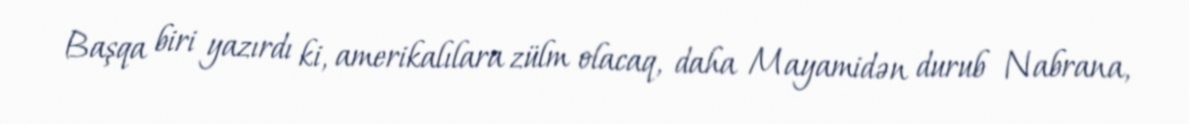
Başqa biri yazırdı ki, amerikalılara zülm olacaq, daha Mayamidən durub Nabrana,